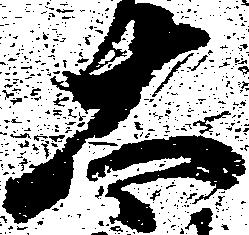
太